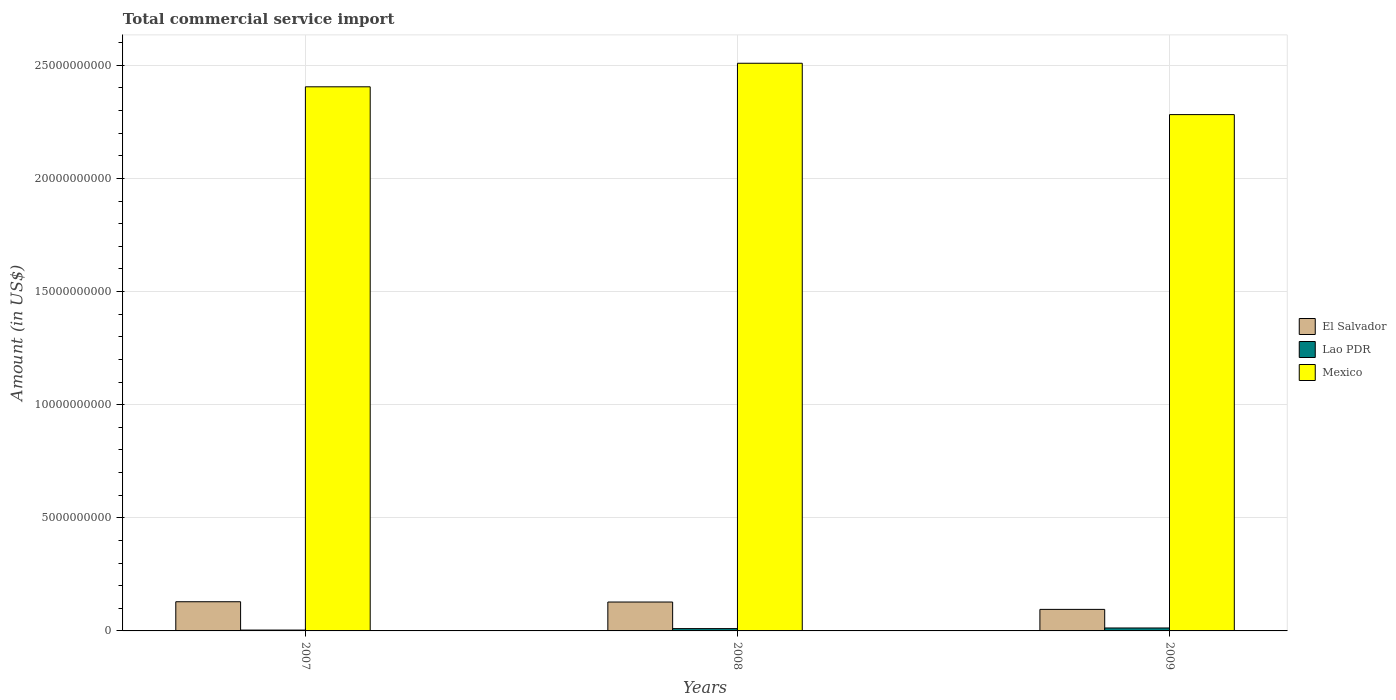
| Years | El Salvador | Lao PDR | Mexico |
 | --- | --- | --- | --- |
 | 2007 | 1.29e+09 | 3.77e+07 | 2.41e+10 |
 | 2008 | 1.28e+09 | 1.02e+08 | 2.51e+10 |
 | 2009 | 9.52e+08 | 1.3e+08 | 2.28e+10 |